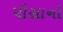
પીસાનો